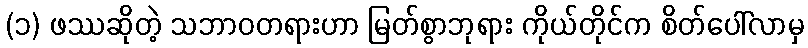
(၁) ဖဿဆိုတဲ့ သဘာဝတရားဟာ မြတ်စွာဘုရား ကိုယ်တိုင်က စိတ်ပေါ်လာမှ